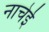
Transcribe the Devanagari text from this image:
नाचेई